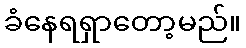
ခံနေရရှာတော့မည်။